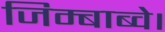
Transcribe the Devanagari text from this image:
जिम्बाब्वे।